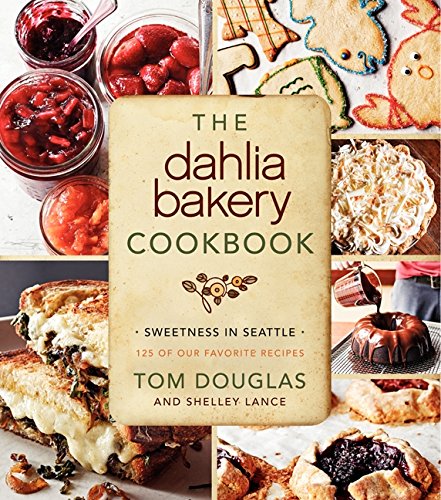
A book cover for The Dahlia Bakery Cookbook: Sweetness in Seattle; Tom Douglas; Cookbooks, Food & Wine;